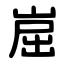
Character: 崫